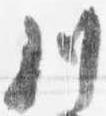
川